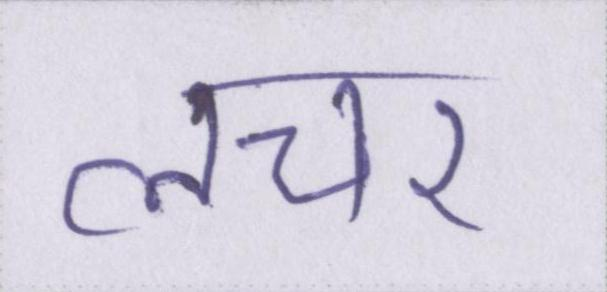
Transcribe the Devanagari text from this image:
लचर